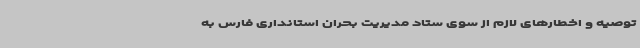
توصیه و اخطارهای لازم از سوی ستاد مدیریت بحران استانداری فارس به